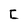
Character: C